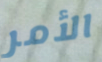
الأمر